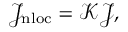
\begin{array} { r } { \mathcal { J } _ { \mathrm { n l o c } } = \mathcal { K } \mathcal { J } , } \end{array}